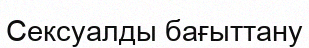
Сексуалды бағыттану